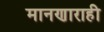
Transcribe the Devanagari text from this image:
मानणाराही